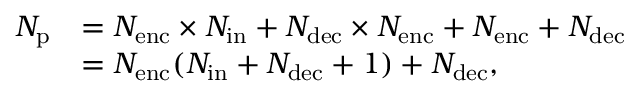
\begin{array} { r l } { N _ { \mathrm { p } } } & { = N _ { \mathrm { e n c } } \times N _ { \mathrm { i n } } + N _ { \mathrm { d e c } } \times N _ { \mathrm { e n c } } + N _ { \mathrm { e n c } } + N _ { \mathrm { d e c } } } \\ & { = N _ { \mathrm { e n c } } ( N _ { \mathrm { i n } } + N _ { \mathrm { d e c } } + 1 ) + N _ { \mathrm { d e c } } , } \end{array}